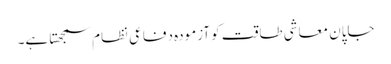
جاپان معاشی طاقت کو آزمودہ دفاعی نظام سمجھتا ہے۔